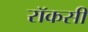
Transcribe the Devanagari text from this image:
रॉकसी